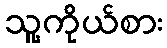
သူ့ကိုယ်စား